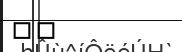
٤٧